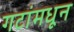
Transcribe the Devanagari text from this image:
गटांमधून